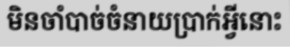
មិនចាំបាច់ចំនាយប្រាក់អ្វីនោះ